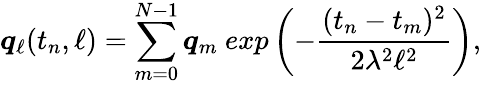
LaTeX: \boldsymbol{q}_{\ell}(t_{n},\ell)=\sum_{m=0}^{N-1}\boldsymbol{q}_{m}~exp\left(-\frac{(t_{n}-t_{m})^{2}}{2\lambda^{2}\ell^{2}}\right),